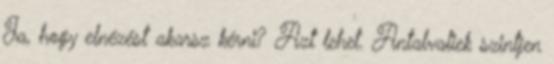
Ja, hogy elnézést akarsz kérni? Azt lehet. Antalvaliek szintjen